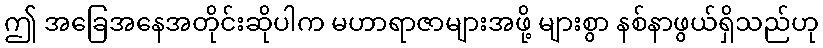
ဤ အခြေအနေအတိုင်းဆိုပါက မဟာရာဇာများအဖို့ များစွာ နစ်နာဖွယ်ရှိသည်ဟု